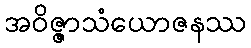
အဝိဇ္ဇာသံယောဇနဿ